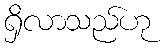
ရှိလာသည်ဟု